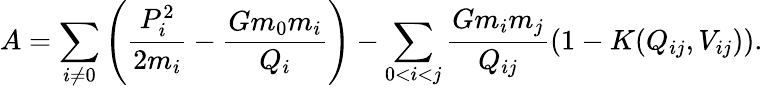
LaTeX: A=\sum_{i\ne 0}\left(\frac{P_{i}^{2}}{2m_{i}}-\frac{Gm_{0}m_{i}}{Q_{i}}\right)-\sum_{0<i<j}\frac{Gm_{i}m_{j}}{Q_{ij}}\left(1-K(Q_{ij},V_{ij})\right).